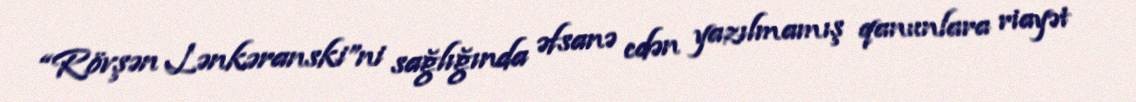
“Rövşən Lənkəranski”ni sağlığında əfsanə edən yazılmamış qanunlara riayət